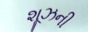
શૂઝની